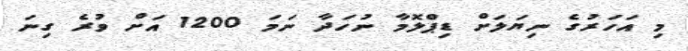
މި އަހަރުގެ ނިޔަލަށް ޑިޕްލޮމާ ނުހަދާ ނަމަ 1200 އަށް ވުރެ ގިނަ